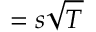
= s \sqrt { T }